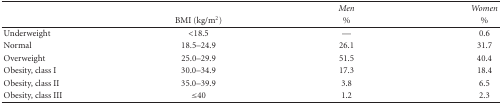
<table><thead><tr><td></td><td></td><td><b><i>Men</i></b></td><td><b><i>Women</i></b></td></tr><tr><td></td><td><b>BMI(kg/m<sup>2</sup>)</b></td><td><b>%</b></td><td><b>%</b></td></tr></thead><tbody><tr><td>Underweight</td><td>&lt;18.5</td><td>—</td><td>0.6 </td></tr><tr><td>Normal</td><td>18.5–24.9</td><td>26.1</td><td>31.7</td></tr><tr><td>Overweight</td><td>25.0–29.9</td><td>51.5</td><td>40.4</td></tr><tr><td>Obesity, class I</td><td>30.0–34.9</td><td>17.3</td><td>18.4</td></tr><tr><td>Obesity, class II</td><td>35.0–39.9</td><td>3.8 </td><td>6.5 </td></tr><tr><td>Obesity, class III</td><td> ≤40</td><td>1.2 </td><td>2.3</td></tr></tbody></table>